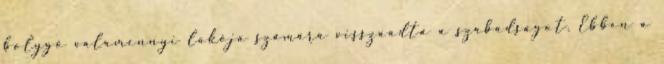
bolygó valamennyi lakója számára visszaadta a szabadságot. Ebben a